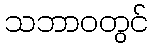
သဘာဝတွင်